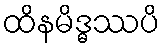
ထိနမိဒ္ဓဿပိ